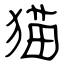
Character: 猫